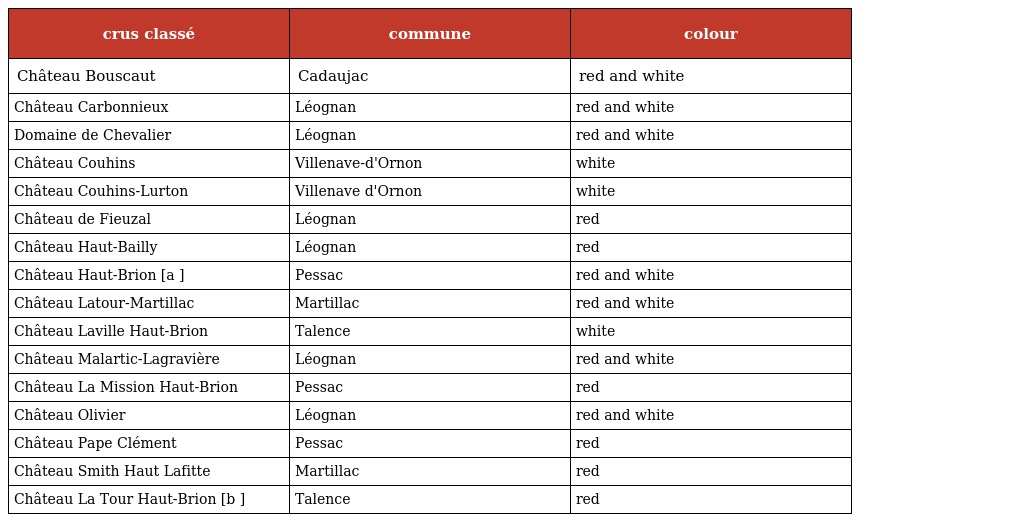
| crus classé | commune | colour |
 | --- | --- | --- |
 | Château Bouscaut | Cadaujac | red and white |
 | Château Carbonnieux | Léognan | red and white |
 | Domaine de Chevalier | Léognan | red and white |
 | Château Couhins | Villenave-d'Ornon | white |
 | Château Couhins-Lurton | Villenave d'Ornon | white |
 | Château de Fieuzal | Léognan | red |
 | Château Haut-Bailly | Léognan | red |
 | Château Haut-Brion [a ] | Pessac | red and white |
 | Château Latour-Martillac | Martillac | red and white |
 | Château Laville Haut-Brion | Talence | white |
 | Château Malartic-Lagravière | Léognan | red and white |
 | Château La Mission Haut-Brion | Pessac | red |
 | Château Olivier | Léognan | red and white |
 | Château Pape Clément | Pessac | red |
 | Château Smith Haut Lafitte | Martillac | red |
 | Château La Tour Haut-Brion [b ] | Talence | red |